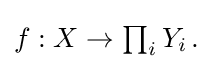
{\textstyle f:X\to \prod _{i}Y_{i}\,.}